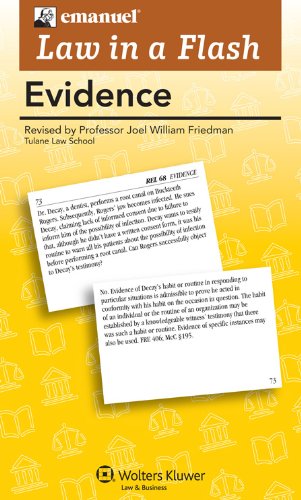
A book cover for Law in a Flash: Evidence 2011; Steven L. Emanuel; Law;